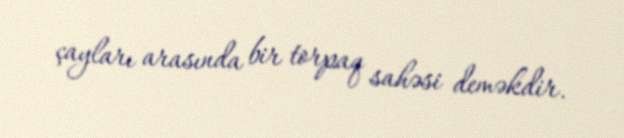
çayları arasında bir torpaq sahəsi deməkdir.